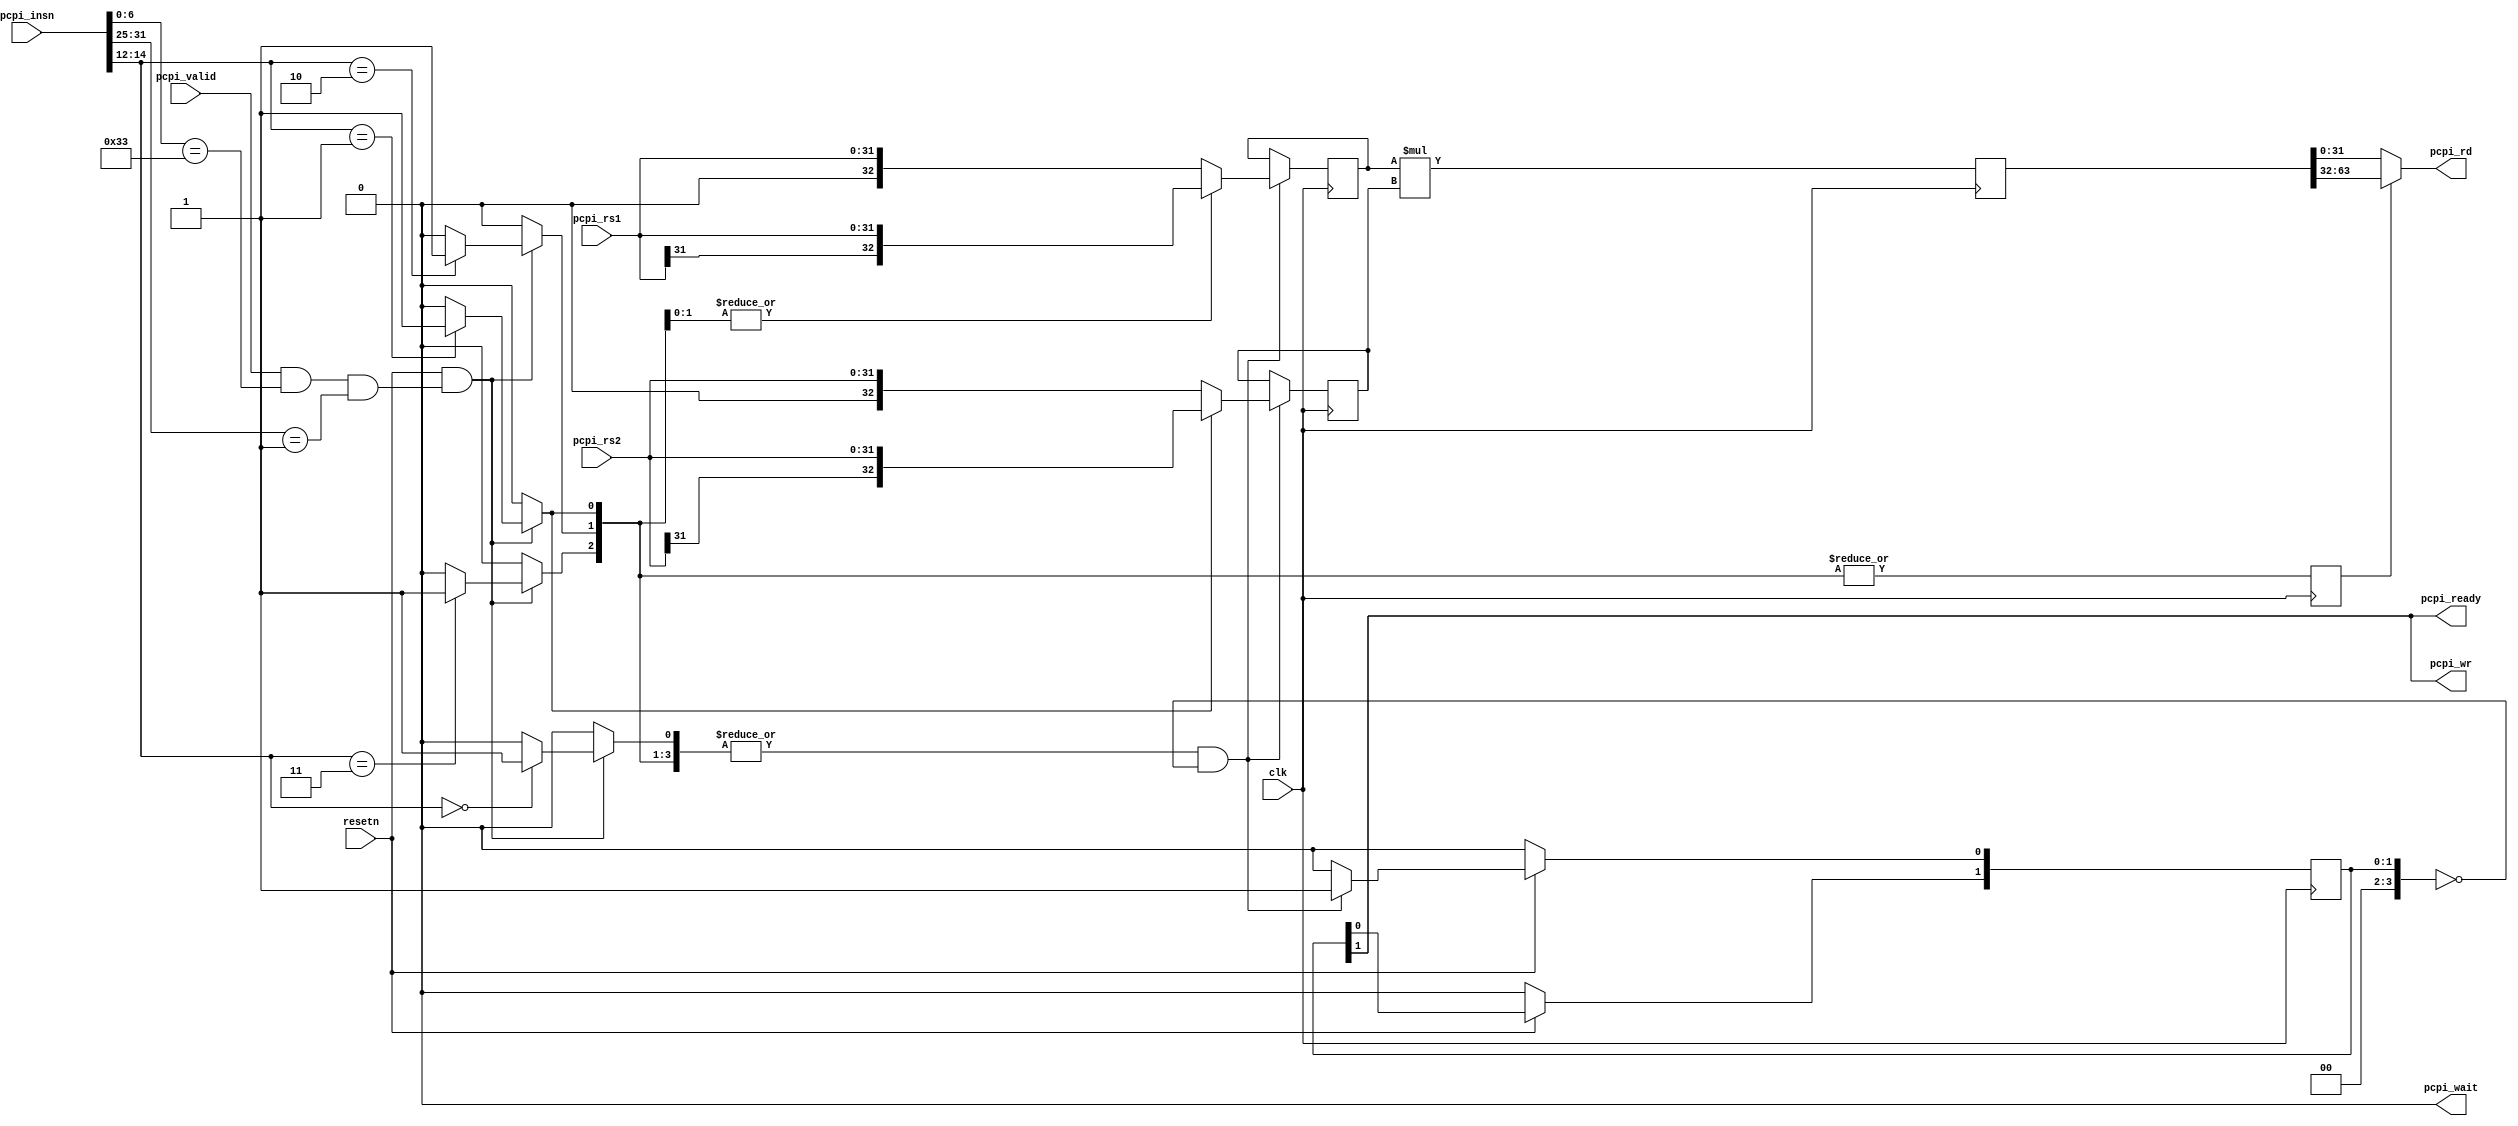
module picorv32_pcpi_fast_mul_1 #(
	parameter EXTRA_MUL_FFS = 0,
	parameter EXTRA_INSN_FFS = 0,
	parameter MUL_CLKGATE = 0
) (
	input clk, resetn,
	input             pcpi_valid,
	input      [31:0] pcpi_insn,
	input      [31:0] pcpi_rs1,
	input      [31:0] pcpi_rs2,
	output            pcpi_wr,
	output     [31:0] pcpi_rd,
	output            pcpi_wait,
	output            pcpi_ready
);
	reg instr_mul, instr_mulh, instr_mulhsu, instr_mulhu;
	wire instr_any_mul = |{instr_mul, instr_mulh, instr_mulhsu, instr_mulhu};
	wire instr_any_mulh = |{instr_mulh, instr_mulhsu, instr_mulhu};
	wire instr_rs1_signed = |{instr_mulh, instr_mulhsu};
	wire instr_rs2_signed = |{instr_mulh};
	reg shift_out;
	reg [3:0] active;
	reg [32:0] rs1, rs2, rs1_q, rs2_q;
	reg [63:0] rd, rd_q;
	wire pcpi_insn_valid = pcpi_valid && pcpi_insn[6:0] == 7'b0110011 && pcpi_insn[31:25] == 7'b0000001;
	reg pcpi_insn_valid_q;
	always @* begin
		instr_mul = 0;
		instr_mulh = 0;
		instr_mulhsu = 0;
		instr_mulhu = 0;
		if (resetn && (EXTRA_INSN_FFS ? pcpi_insn_valid_q : pcpi_insn_valid)) begin
			case (pcpi_insn[14:12])
				3'b000: instr_mul = 1;
				3'b001: instr_mulh = 1;
				3'b010: instr_mulhsu = 1;
				3'b011: instr_mulhu = 1;
			endcase
		end
	end
	always @(posedge clk) begin
		pcpi_insn_valid_q <= pcpi_insn_valid;
		if (!MUL_CLKGATE || active[0]) begin
			rs1_q <= rs1;
			rs2_q <= rs2;
		end
		if (!MUL_CLKGATE || active[1]) begin
			rd <= $signed(EXTRA_MUL_FFS ? rs1_q : rs1) * $signed(EXTRA_MUL_FFS ? rs2_q : rs2);
		end
		if (!MUL_CLKGATE || active[2]) begin
			rd_q <= rd;
		end
	end
	always @(posedge clk) begin
		if (instr_any_mul && !(EXTRA_MUL_FFS ? active[3:0] : active[1:0])) begin
			if (instr_rs1_signed)
				rs1 <= $signed(pcpi_rs1);
			else
				rs1 <= $unsigned(pcpi_rs1);
			if (instr_rs2_signed)
				rs2 <= $signed(pcpi_rs2);
			else
				rs2 <= $unsigned(pcpi_rs2);
			active[0] <= 1;
		end else begin
			active[0] <= 0;
		end
		active[3:1] <= active;
		shift_out <= instr_any_mulh;
		if (!resetn)
			active <= 0;
	end
	assign pcpi_wr = active[EXTRA_MUL_FFS ? 3 : 1];
	assign pcpi_wait = 0;
	assign pcpi_ready = active[EXTRA_MUL_FFS ? 3 : 1];
	assign pcpi_rd = shift_out ? (EXTRA_MUL_FFS ? rd_q : rd) >> 32 : (EXTRA_MUL_FFS ? rd_q : rd);
endmodule